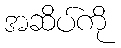
အဆိပ်ကို